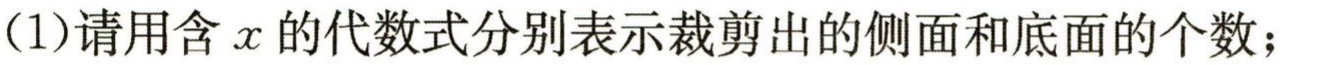
(1)请用含\(x\)的代数式分别表示裁剪出的侧面和底面的个数；